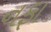
નફા